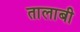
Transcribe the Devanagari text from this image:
तालाबी